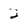
Character: 2